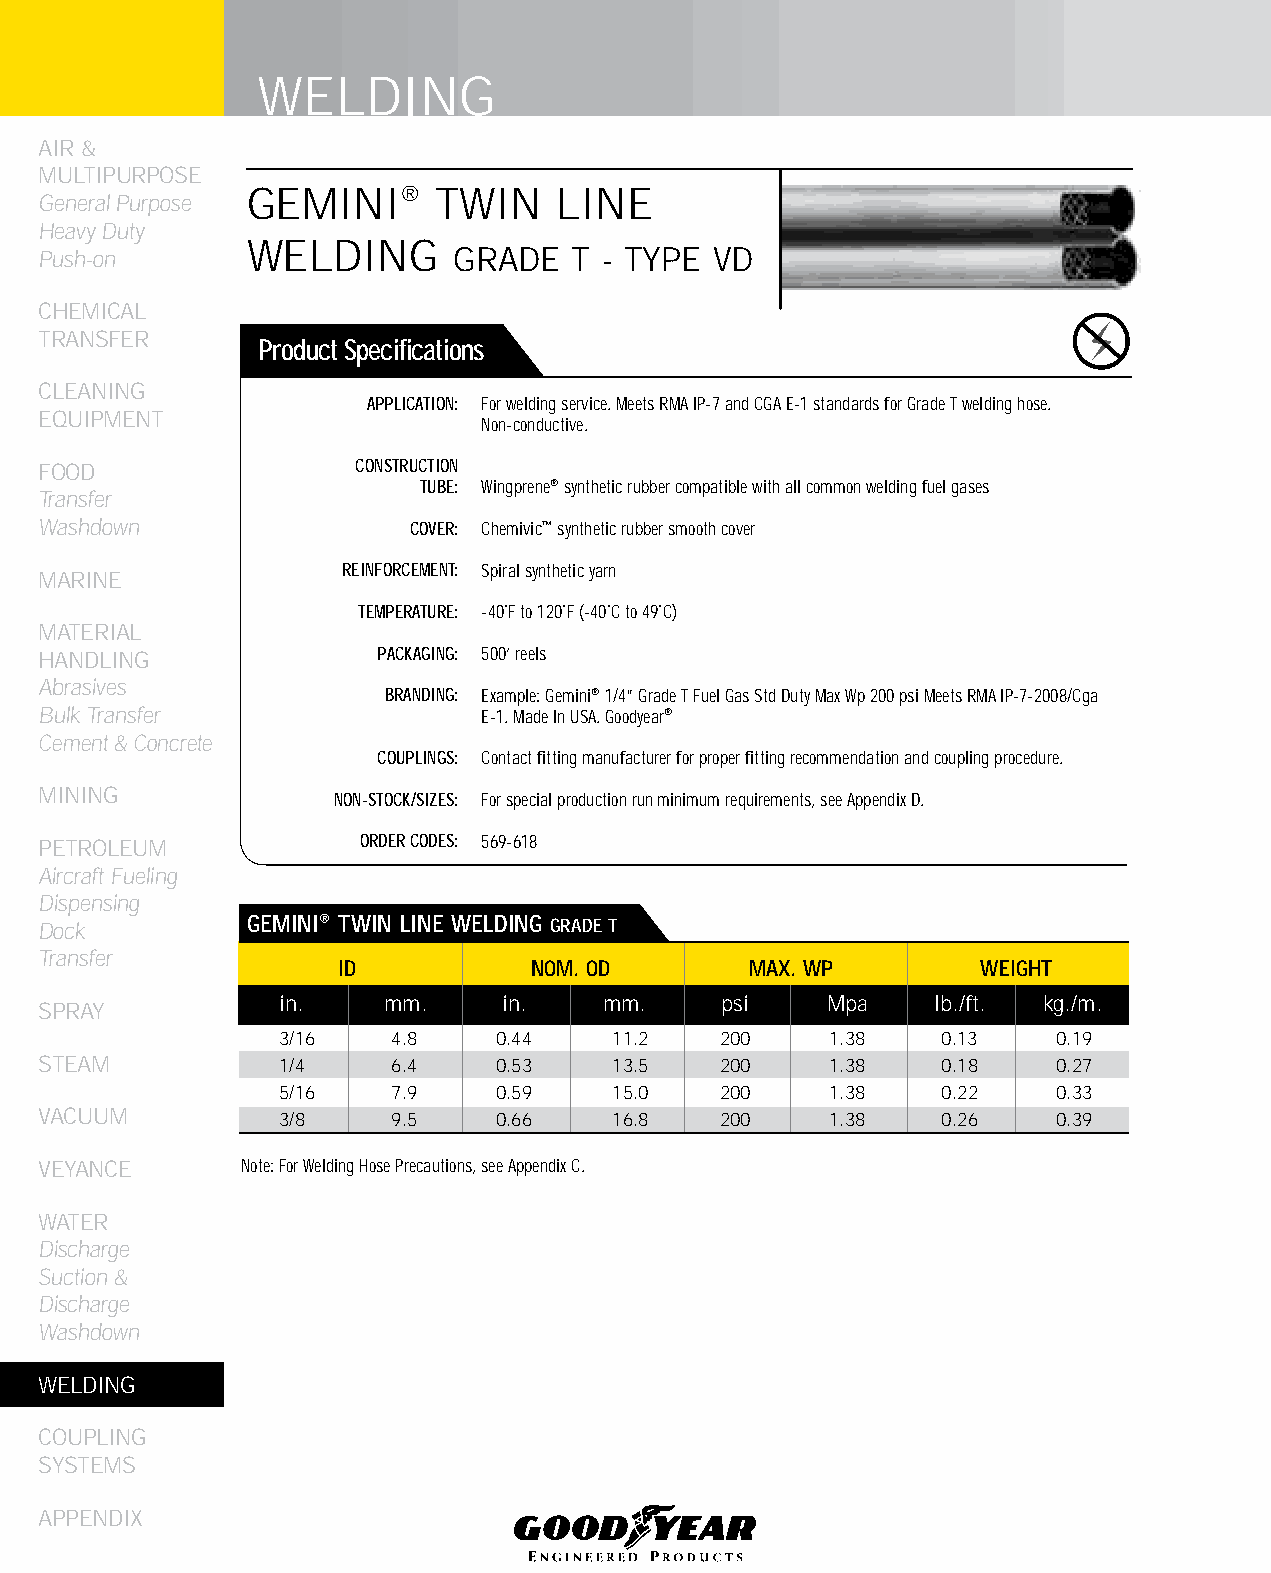
WELDING
 AIR &
 MULTIPURPOSE
 GEMINI®      TWIN    LINE
 General Purpose
 Heavy Duty
 WELDING
 Push-on                    GRADE   T - TYPE VD
 CHEMICAL
 TRANSFER
 Product Specifications
 CLEANING
 APPLICATION: For welding service. Meets RMA IP-7 and CGA E-1 standards for Grade T welding hose.
 EqUIPMENT
 Non-conductive.
 FOOD                 CONSTRUCTION
 TUBE: Wingprene® synthetic rubber compatible with all common welding fuel gases
 Transfer
 Washdown                COVER: Chemivic™ synthetic rubber smooth cover
 REINFORCEMENT: Spiral synthetic yarn
 MARINE
 TEMPERATURE: -40˚F to 120˚F (-40˚C to 49˚C)
 MATERIAL
 HANDLING              PACKAGING: 500’ reels
 Abrasives
 BRANDING: Example: Gemini® 1/4” Grade T Fuel Gas Std Duty Max Wp 200 psi Meets RMA IP-7-2008/Cga
 Bulk Transfer                E-1. Made In USA. Goodyear®
 Cement & Concrete
 COUPLINGS: Contact fitting manufacturer for proper fitting recommendation and coupling procedure.
 MINING             NON-STOCK/SIZES: For special production run minimum requirements, see Appendix D.
 PETROLEUM            ORDER CODES: 569-618
 Aircraft Fueling
 Dispensing
 Dock         GEMINI® TWIN LINE WELDING GRADE T
 Transfer
 ID           NOM. OD        MAX. WP        WEIGHT
 in.    mm.    in.    mm.     psi    Mpa    lb./ft. kg./m.
 SPRAY
 3/16   4.8    0.44    11.2   200    1.38   0.13    0.19
 STEAM           1/4    6.4    0.53    13.5   200    1.38   0.18    0.27
 5/16   7.9    0.59    15.0   200    1.38   0.22    0.33
 VACUUM          3/8    9.5    0.66    16.8   200    1.38   0.26    0.39
 VEYANCE      Note: For Welding Hose Precautions, see Appendix C.
 WATER
 Discharge
 Suction &
 Discharge
 Washdown
 WELDING
 COUPLING
 SYSTEMS
 APPENDIX
 244